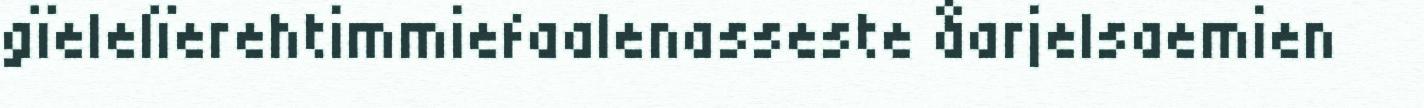
gïelelïerehtimmiefaalenasseste åarjelsaemien